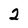
Character: 2